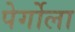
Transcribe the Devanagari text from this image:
पेर्गोला